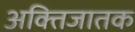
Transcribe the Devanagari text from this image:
अक्तिजातक